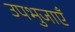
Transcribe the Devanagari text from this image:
उपभुजाएँ